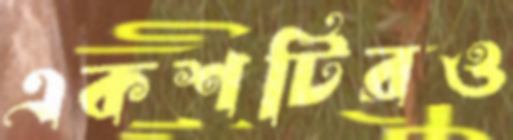
একশটিরও